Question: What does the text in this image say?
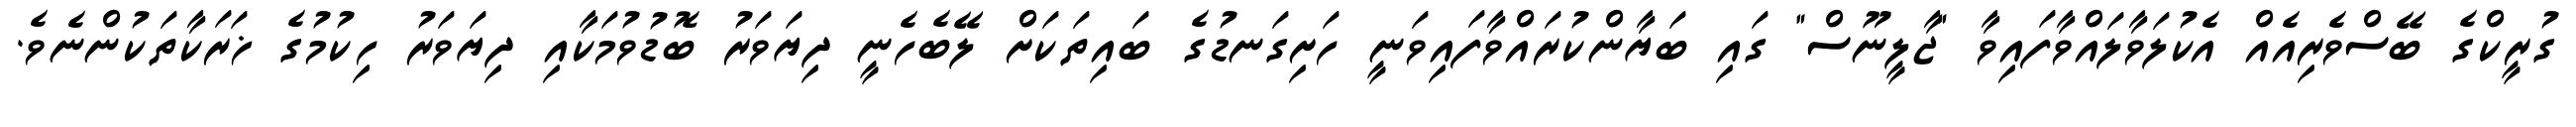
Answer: ގުރީކްގެ ބޭސްވެރިއެއް އެކުލަވާލައްވާފައިވާ "ޖާލީނޫސް" ގައި ބަޔާންކުރައްވާފައިވަނީ ހަށިގަނޑުގެ ބައިތަކަށް ލޭބެހެނީ ދިޔަވަރު ބޮޑުވުމަކާއި ދިޔަވަރު ހިކުމުގެ ޚަރަކާތަކުންނެވެ.